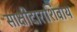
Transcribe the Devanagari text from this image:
साक्षीदाराशिवाय